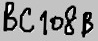
Text: BC108B